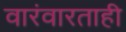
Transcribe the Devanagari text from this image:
वारंवारताही